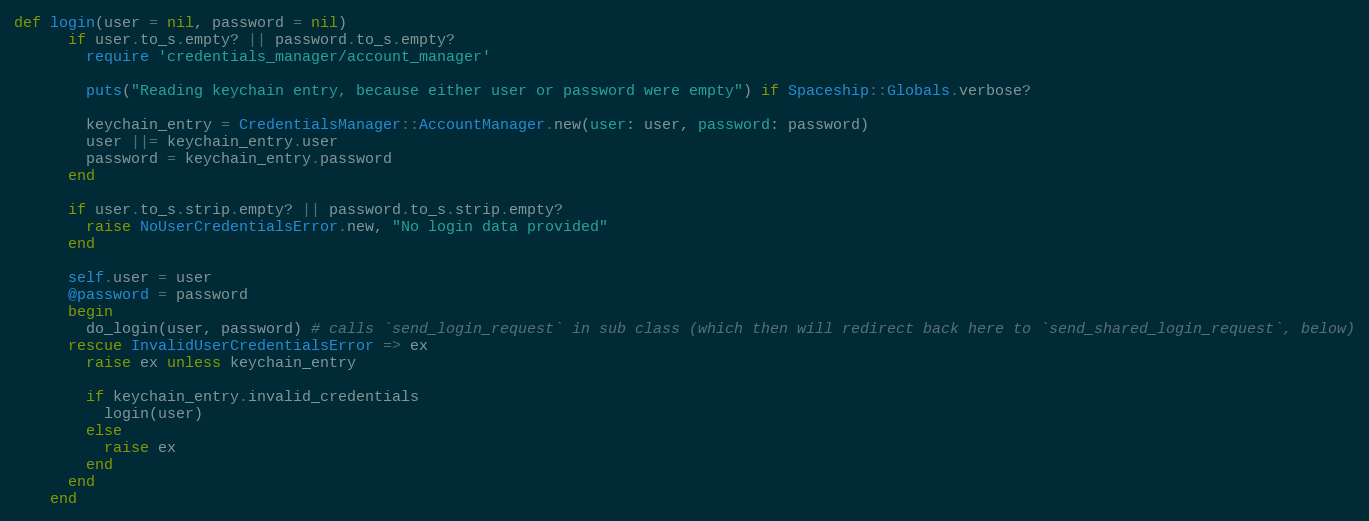
Language: Ruby
def login(user = nil, password = nil)
      if user.to_s.empty? || password.to_s.empty?
        require 'credentials_manager/account_manager'

        puts("Reading keychain entry, because either user or password were empty") if Spaceship::Globals.verbose?

        keychain_entry = CredentialsManager::AccountManager.new(user: user, password: password)
        user ||= keychain_entry.user
        password = keychain_entry.password
      end

      if user.to_s.strip.empty? || password.to_s.strip.empty?
        raise NoUserCredentialsError.new, "No login data provided"
      end

      self.user = user
      @password = password
      begin
        do_login(user, password) # calls `send_login_request` in sub class (which then will redirect back here to `send_shared_login_request`, below)
      rescue InvalidUserCredentialsError => ex
        raise ex unless keychain_entry

        if keychain_entry.invalid_credentials
          login(user)
        else
          raise ex
        end
      end
    end